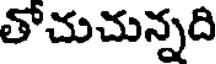
తోచుచున్నది